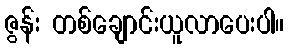
ဇွန်း တစ်ချောင်းယူလာပေးပါ။